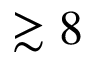
\gtrsim 8